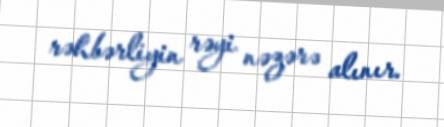
rəhbərliyin rəyi nəzərə alınır.